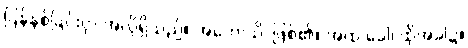
ပြန်နစ်ခြင်းငှာ အလိုရှိသည်။ အဟောသိ၊ ဖြစ်၏။ အထ ခေါ၊ ထိုအခါ၌။